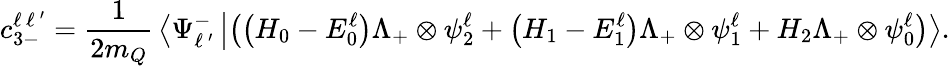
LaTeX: c_{3-}^{\ell\, {\ell\, ^{\prime}}}={\frac{1}{2m_{Q}}}\left<{\Psi_{\ell\, ^{\prime}}^{-}}\right.\left|\left(\left(H_{0}-E_{0}^{\ell}\right)\Lambda_{+}\otimes\psi_{2}^{\ell}+\left(H_{1}-E_{1}^{\ell}\right)\Lambda_{+}\otimes\psi_{1}^{\ell}+H_{2}\Lambda_{+}\otimes\psi_{0}^{\ell}\right)\right>.